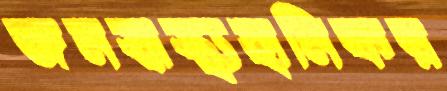
জনস্বাস্থ্যহানিকর